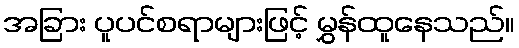
အခြား ပူပင်စရာများဖြင့် မွှန်ထူနေသည်။